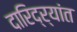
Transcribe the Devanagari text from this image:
दारिद्र्यांत